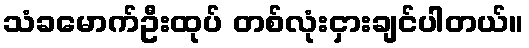
သံခမောက်ဦးထုပ် တစ်လုံးငှားချင်ပါတယ်။